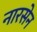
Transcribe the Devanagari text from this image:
नारसेन